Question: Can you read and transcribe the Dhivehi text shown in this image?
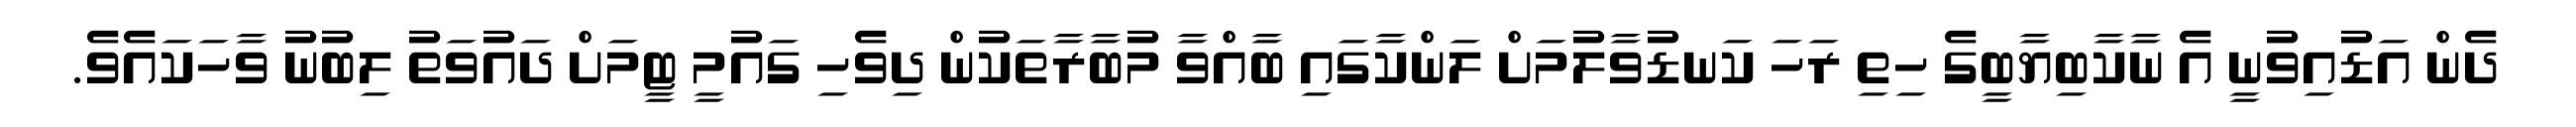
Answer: ދެން އަޑުއިވުނީ އެ ނާކާބިޔާބީގެ ހިތި ރަހަ ކަނޑުވާލުމަށް ލަންކާގައި ބާއްވާ މުބާރާތަކުން ދިވެހި ގައުމީ ޓީމަށް ދައުވަތު ލިބުނު ވާހަކައެވެ.